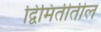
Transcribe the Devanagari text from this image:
द्विमितीतील